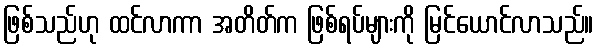
ဖြစ်သည်ဟု ထင်လာကာ အတိတ်က ဖြစ်ရပ်များကို မြင်ယောင်လာသည်။